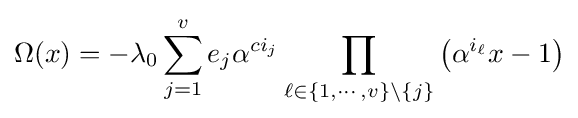
\Omega (x)=-\lambda _{0}\sum _{j=1}^{v}e_{j}\alpha ^{ci_{j}}\prod _{\ell \in \{1,\cdots ,v\}\setminus \{j\}}\left(\alpha ^{i_{\ell }}x-1\right)